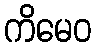
ကိမေဝ